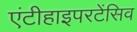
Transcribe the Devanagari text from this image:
एंटीहाइपरटेंसिव